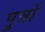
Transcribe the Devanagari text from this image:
पु़त्रों